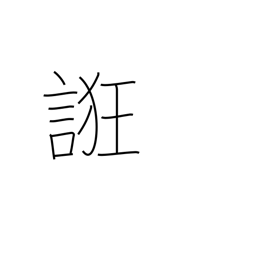
Meaning: coax